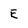
Character: E